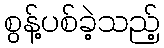
စွန့်ပစ်ခဲ့သည့်